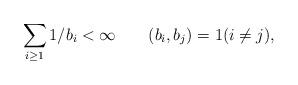
LaTeX: \begin{align*}\sum_{i\geq 1} 1/b_i<\infty\qquad(b_i,b_j)=1(i\neq j),\end{align*}